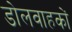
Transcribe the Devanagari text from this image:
डोलवाहकों